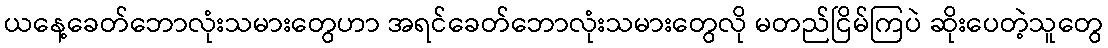
ယနေ့ခေတ်ဘောလုံးသမားတွေဟာ အရင်ခေတ်ဘောလုံးသမားတွေလို မတည်ငြိမ်ကြပဲ ဆိုးပေတဲ့သူတွေ